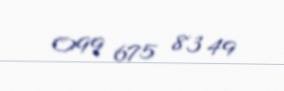
099 675 83 49